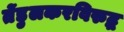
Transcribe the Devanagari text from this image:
तेंडुलकरविरुद्ध